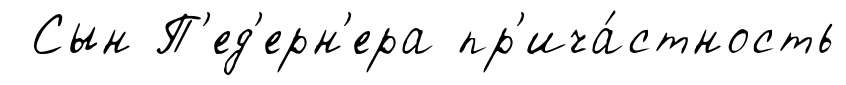
Сын П'ед'ерн'ера пр'ича́стность